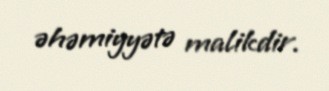
əhəmiyyətə malikdir.